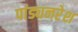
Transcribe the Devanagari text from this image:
पांड्यनरेश